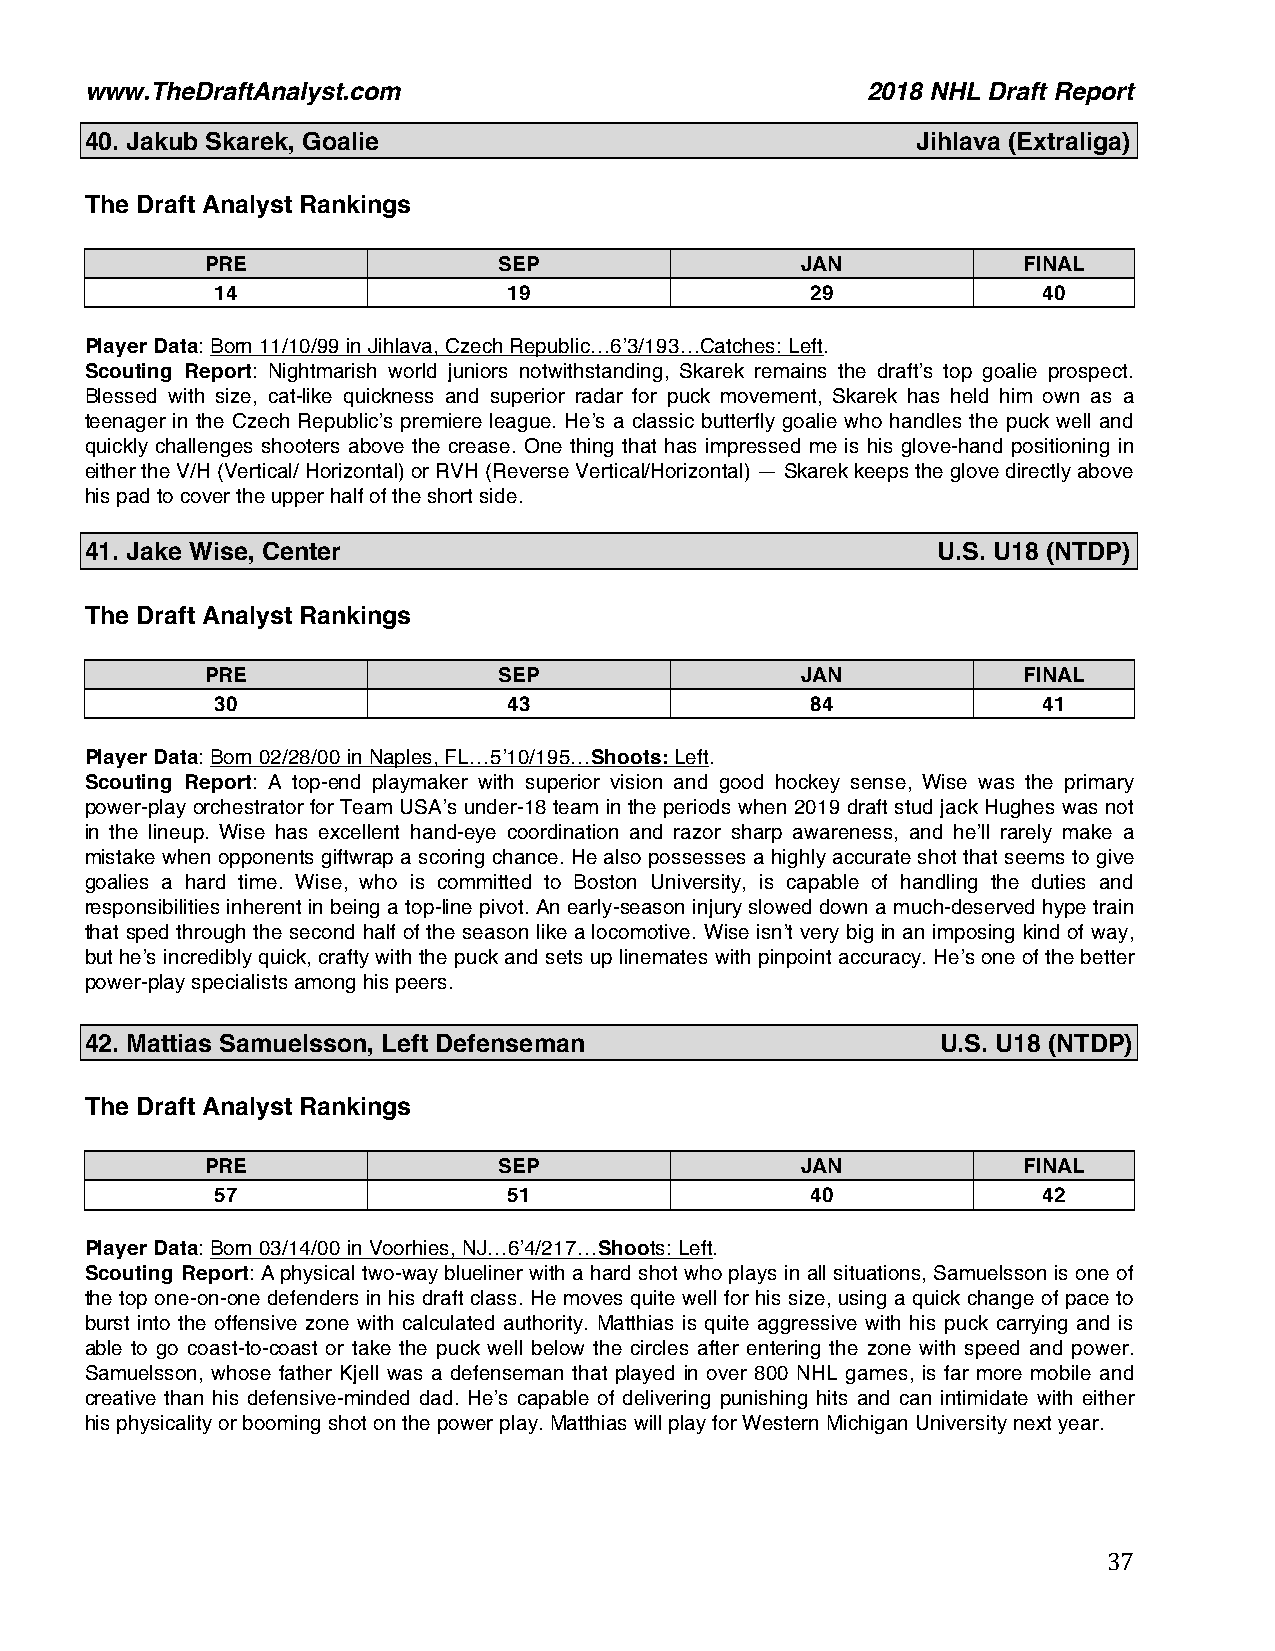
www.TheDraftAnalyst.com                            2018 NHL Draft Report
 40. Jakub Skarek, Goalie                               Jihlava (Extraliga)
 The Draft Analyst Rankings
 PRE                SEP                 JAN            FINAL
 14                  19                  29             40
 Player Data: Born 11/10/99 in Jihlava, Czech Republic…6’3/193…Catches: Left.
 Scouting Report: Nightmarish world juniors notwithstanding, Skarek remains the draft’s top goalie prospect.
 Blessed with size, cat-like quickness and superior radar for puck movement, Skarek has held him own as a
 teenager in the Czech Republic’s premiere league. He’s a classic butterfly goalie who handles the puck well and
 quickly challenges shooters above the crease. One thing that has impressed me is his glove-hand positioning in
 either the V/H (Vertical/ Horizontal) or RVH (Reverse Vertical/Horizontal) — Skarek keeps the glove directly above
 his pad to cover the upper half of the short side.
 41. Jake Wise, Center                                   U.S. U18 (NTDP)
 The Draft Analyst Rankings
 PRE                SEP                 JAN            FINAL
 30                  43                  84             41
 Player Data: Born 02/28/00 in Naples, FL…5’10/195…Shoots: Left.
 Scouting Report: A top-end playmaker with superior vision and good hockey sense, Wise was the primary
 power-play orchestrator for Team USA’s under-18 team in the periods when 2019 draft stud jack Hughes was not
 in the lineup. Wise has excellent hand-eye coordination and razor sharp awareness, and he’ll rarely make a
 mistake when opponents giftwrap a scoring chance. He also possesses a highly accurate shot that seems to give
 goalies a hard time. Wise, who is committed to Boston University, is capable of handling the duties and
 responsibilities inherent in being a top-line pivot. An early-season injury slowed down a much-deserved hype train
 that sped through the second half of the season like a locomotive. Wise isn’t very big in an imposing kind of way,
 but he’s incredibly quick, crafty with the puck and sets up linemates with pinpoint accuracy. He’s one of the better
 power-play specialists among his peers.
 42. Mattias Samuelsson, Left Defenseman                 U.S. U18 (NTDP)
 The Draft Analyst Rankings
 PRE                SEP                 JAN            FINAL
 57                  51                  40             42
 Player Data: Born 03/14/00 in Voorhies, NJ…6’4/217…Shoots: Left.
 Scouting Report: A physical two-way blueliner with a hard shot who plays in all situations, Samuelsson is one of
 the top one-on-one defenders in his draft class. He moves quite well for his size, using a quick change of pace to
 burst into the offensive zone with calculated authority. Matthias is quite aggressive with his puck carrying and is
 able to go coast-to-coast or take the puck well below the circles after entering the zone with speed and power.
 Samuelsson, whose father Kjell was a defenseman that played in over 800 NHL games, is far more mobile and
 creative than his defensive-minded dad. He’s capable of delivering punishing hits and can intimidate with either
 his physicality or booming shot on the power play. Matthias will play for Western Michigan University next year.
 37